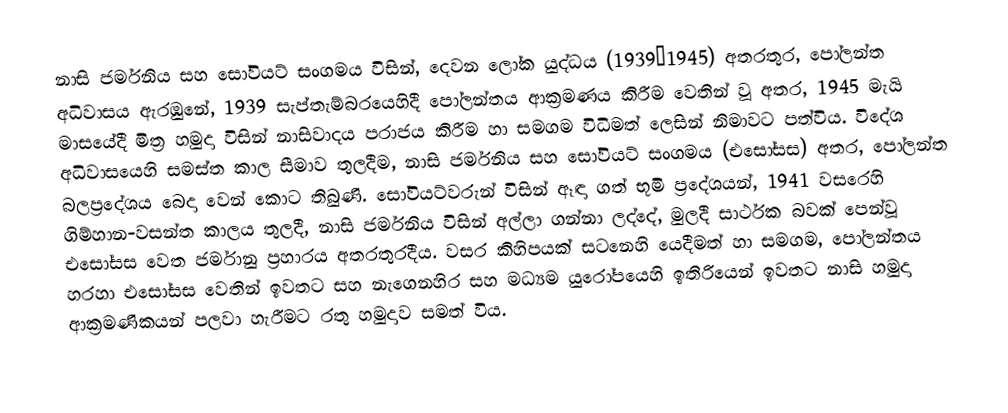
නාසි ජර්මනිය සහ සෝවියට් සංගමය විසින්,  දෙවන ලෝක යුද්ධය (1939–1945) අතරතුර, පෝලන්ත අධිවාසය  ඇරඹුනේ,  1939 සැප්තැම්බරයෙහිදී පෝලන්තය ආක්‍රමණය කිරීම වෙතින් වූ අතර, 1945 මැයි මාසයේදී මිත්‍ර හමුදා විසින් නාසිවාදය පරාජය කිරීම හා සමගම විධිමත් ලෙසින් නිමාවට පත්විය. විදේශ අධිවාසයෙහි සමස්ත කාල සීමාව තුලදීම, නාසි ජර්මනිය සහ සෝවියට් සංගමය (එසෝසස) අතර, පෝලන්ත බලප්‍රදේශය බෙදා වෙන් කොට තිබුණි. සෝවියට්වරුන් විසින් ඈඳා ගත් භූමි ප්‍රදේශයන්, 1941 වසරෙහි  ගිම්හාන-වසන්ත කාලය තුලදී, නාසි ජර්මනිය විසින්  අල්ලා ගන්නා ලද්දේ, මුලදී සාර්ථක බවක් පෙන්වූ එසෝසස වෙත ජර්මානු ප්‍රහාරය අතරතුරදීය. වසර කිහිපයක් සටනෙහි යෙදීමත් හා සමගම, පෝලන්තය හරහා  එසෝසස වෙතින් ඉවතට සහ නැගෙනහිර සහ මධ්‍යම යුරෝපයෙහි ඉතිරියෙන් ඉවතට නාසි හමුදා ආක්‍රමණිකයන් පලවා හැරීමට රතු හමුදාව සමත් විය.